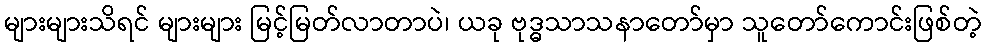
များများသိရင် များများ မြင့်မြတ်လာတာပဲ၊ ယခု ဗုဒ္ဓသာသနာတော်မှာ သူတော်ကောင်းဖြစ်တဲ့